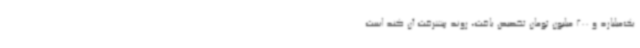
یک‌میلیارد و 200 میلیون تومان تخصیص یافت، روند پیشرفت آن کند است.